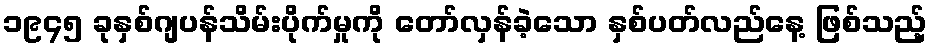
၁၉၄၅ ခုနှစ်ဂျပန်သိမ်းပိုက်မှုကို တော်လှန်ခဲ့သော နှစ်ပတ်လည်နေ့ ဖြစ်သည့်